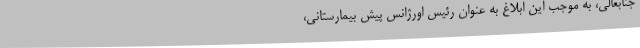
جنابعالی، به موجب این ابلاغ به عنوان رئیس اورژانس پیش بیمارستانی،